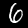
Digit: 6